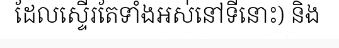
ដែលស្ទើរតែទាំងអស់នៅទីនោះ) និង